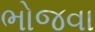
ભોજવા